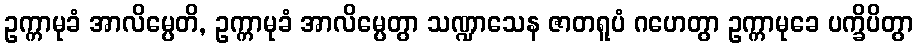
ဥက္ကာမုခံ အာလိမ္ပေတိ, ဥက္ကာမုခံ အာလိမ္ပေတွာ သဏ္ဍာသေန ဇာတရူပံ ဂဟေတွာ ဥက္ကာမုခေ ပက္ခိပိတွာ